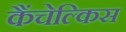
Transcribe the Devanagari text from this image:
कैंचेल्किस